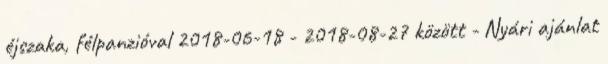
éjszaka, félpanzióval 2018-06-18 - 2018-08-27 között - Nyári ajánlat